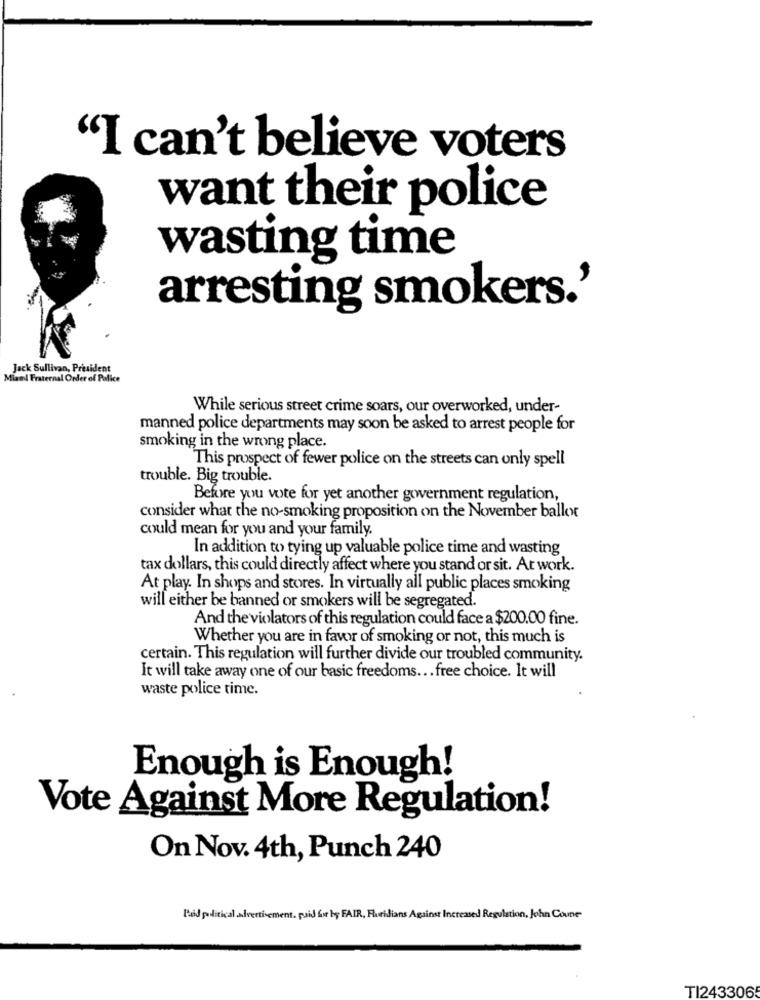
"I can't believe voters
want their police
wasting time
arresting smokers.'
Jack Sullivan, President
Miaml Fraternal Order of Palice
While serious street crime soars, our overworked, under-
manned police departments may soon be asked to arrest people for
smoking in the wrong place.
This prospect of fewer police on the streets can only spell
trouble. Big trouble.
Before you vote for yet another government regulation,
consider what the no-smoking proposition on the November ballot
could mean for you and your family.
In addition to tying up valuable police time and wasting
tax dollars, this could directly affect where you stand or sit. At work.
At play. In shops and stores. In virtually all public places smoking
will either be banned or smokers will be segregated.
And the violators of this regulation could face a $200.00 fine.
Whether you are in favor of smoking or not, this much is
certain. This regulation will further divide our troubled community.
It will take away one of our basic freedoms ... free choice. It will
waste police time.
Enough is Enough!
Vote Against More Regulation!
On Nov. 4th, Punch 240
Paid political advertisement. paid for by FAIR, Fluridians Against Increased Regulation, John Coune
TI2433065